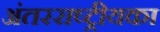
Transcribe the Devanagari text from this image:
अंतरराष्ट्रीयका